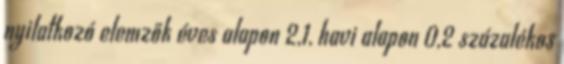
nyilatkozó elemzők éves alapon 2,1, havi alapon 0,2 százalékos